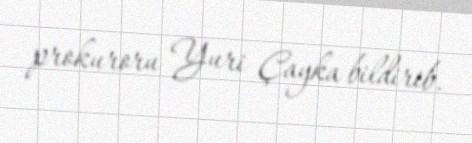
prokuroru Yuri Çayka bildirib.